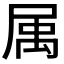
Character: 𡲇